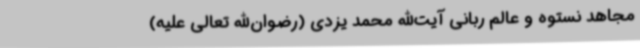
مجاهد نستوه و عالم ربانی آیت‌الله محمد یزدی (رضوان‌الله‌ تعالی علیه)